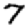
Digit: 7